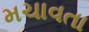
મચાવતા